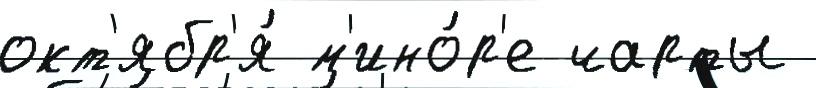
окт'ябр'я́ м'ино́р'е чарты